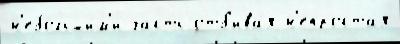
н'ебольши́м'и часть отб'ива́я н'епроста́я